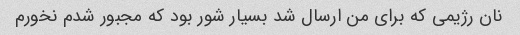
نان رژیمی که برای من ارسال شد بسیار شور بود که مجبور شدم نخورم